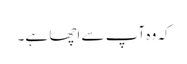
کہ وہ آپ سے اچھا ہے۔